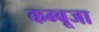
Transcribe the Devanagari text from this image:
कम्बूजा